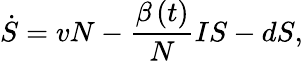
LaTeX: \dot{S}=vN-\frac{\beta\left(t\right)}NIS-dS,